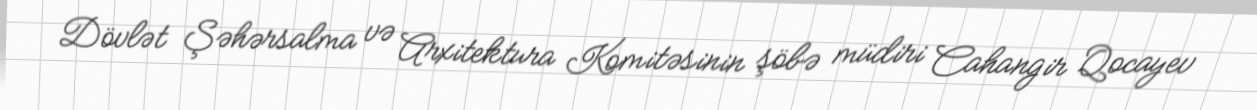
Dövlət Şəhərsalma və Arxitektura Komitəsinin şöbə müdiri Cahangir Qocayev